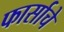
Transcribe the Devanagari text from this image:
फार्साचे